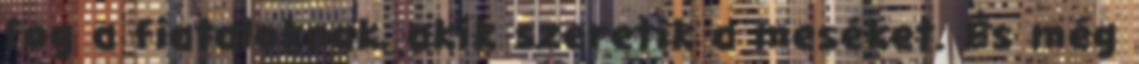
fog a fiataloknak, akik szeretik a meséket. És még